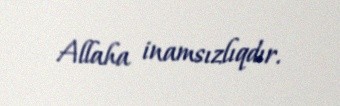
Allaha inamsızlıqdır.